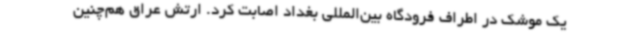
یک موشک در اطراف فرودگاه بین‌المللی بغداد اصابت کرد. ارتش عراق هم‌چنین